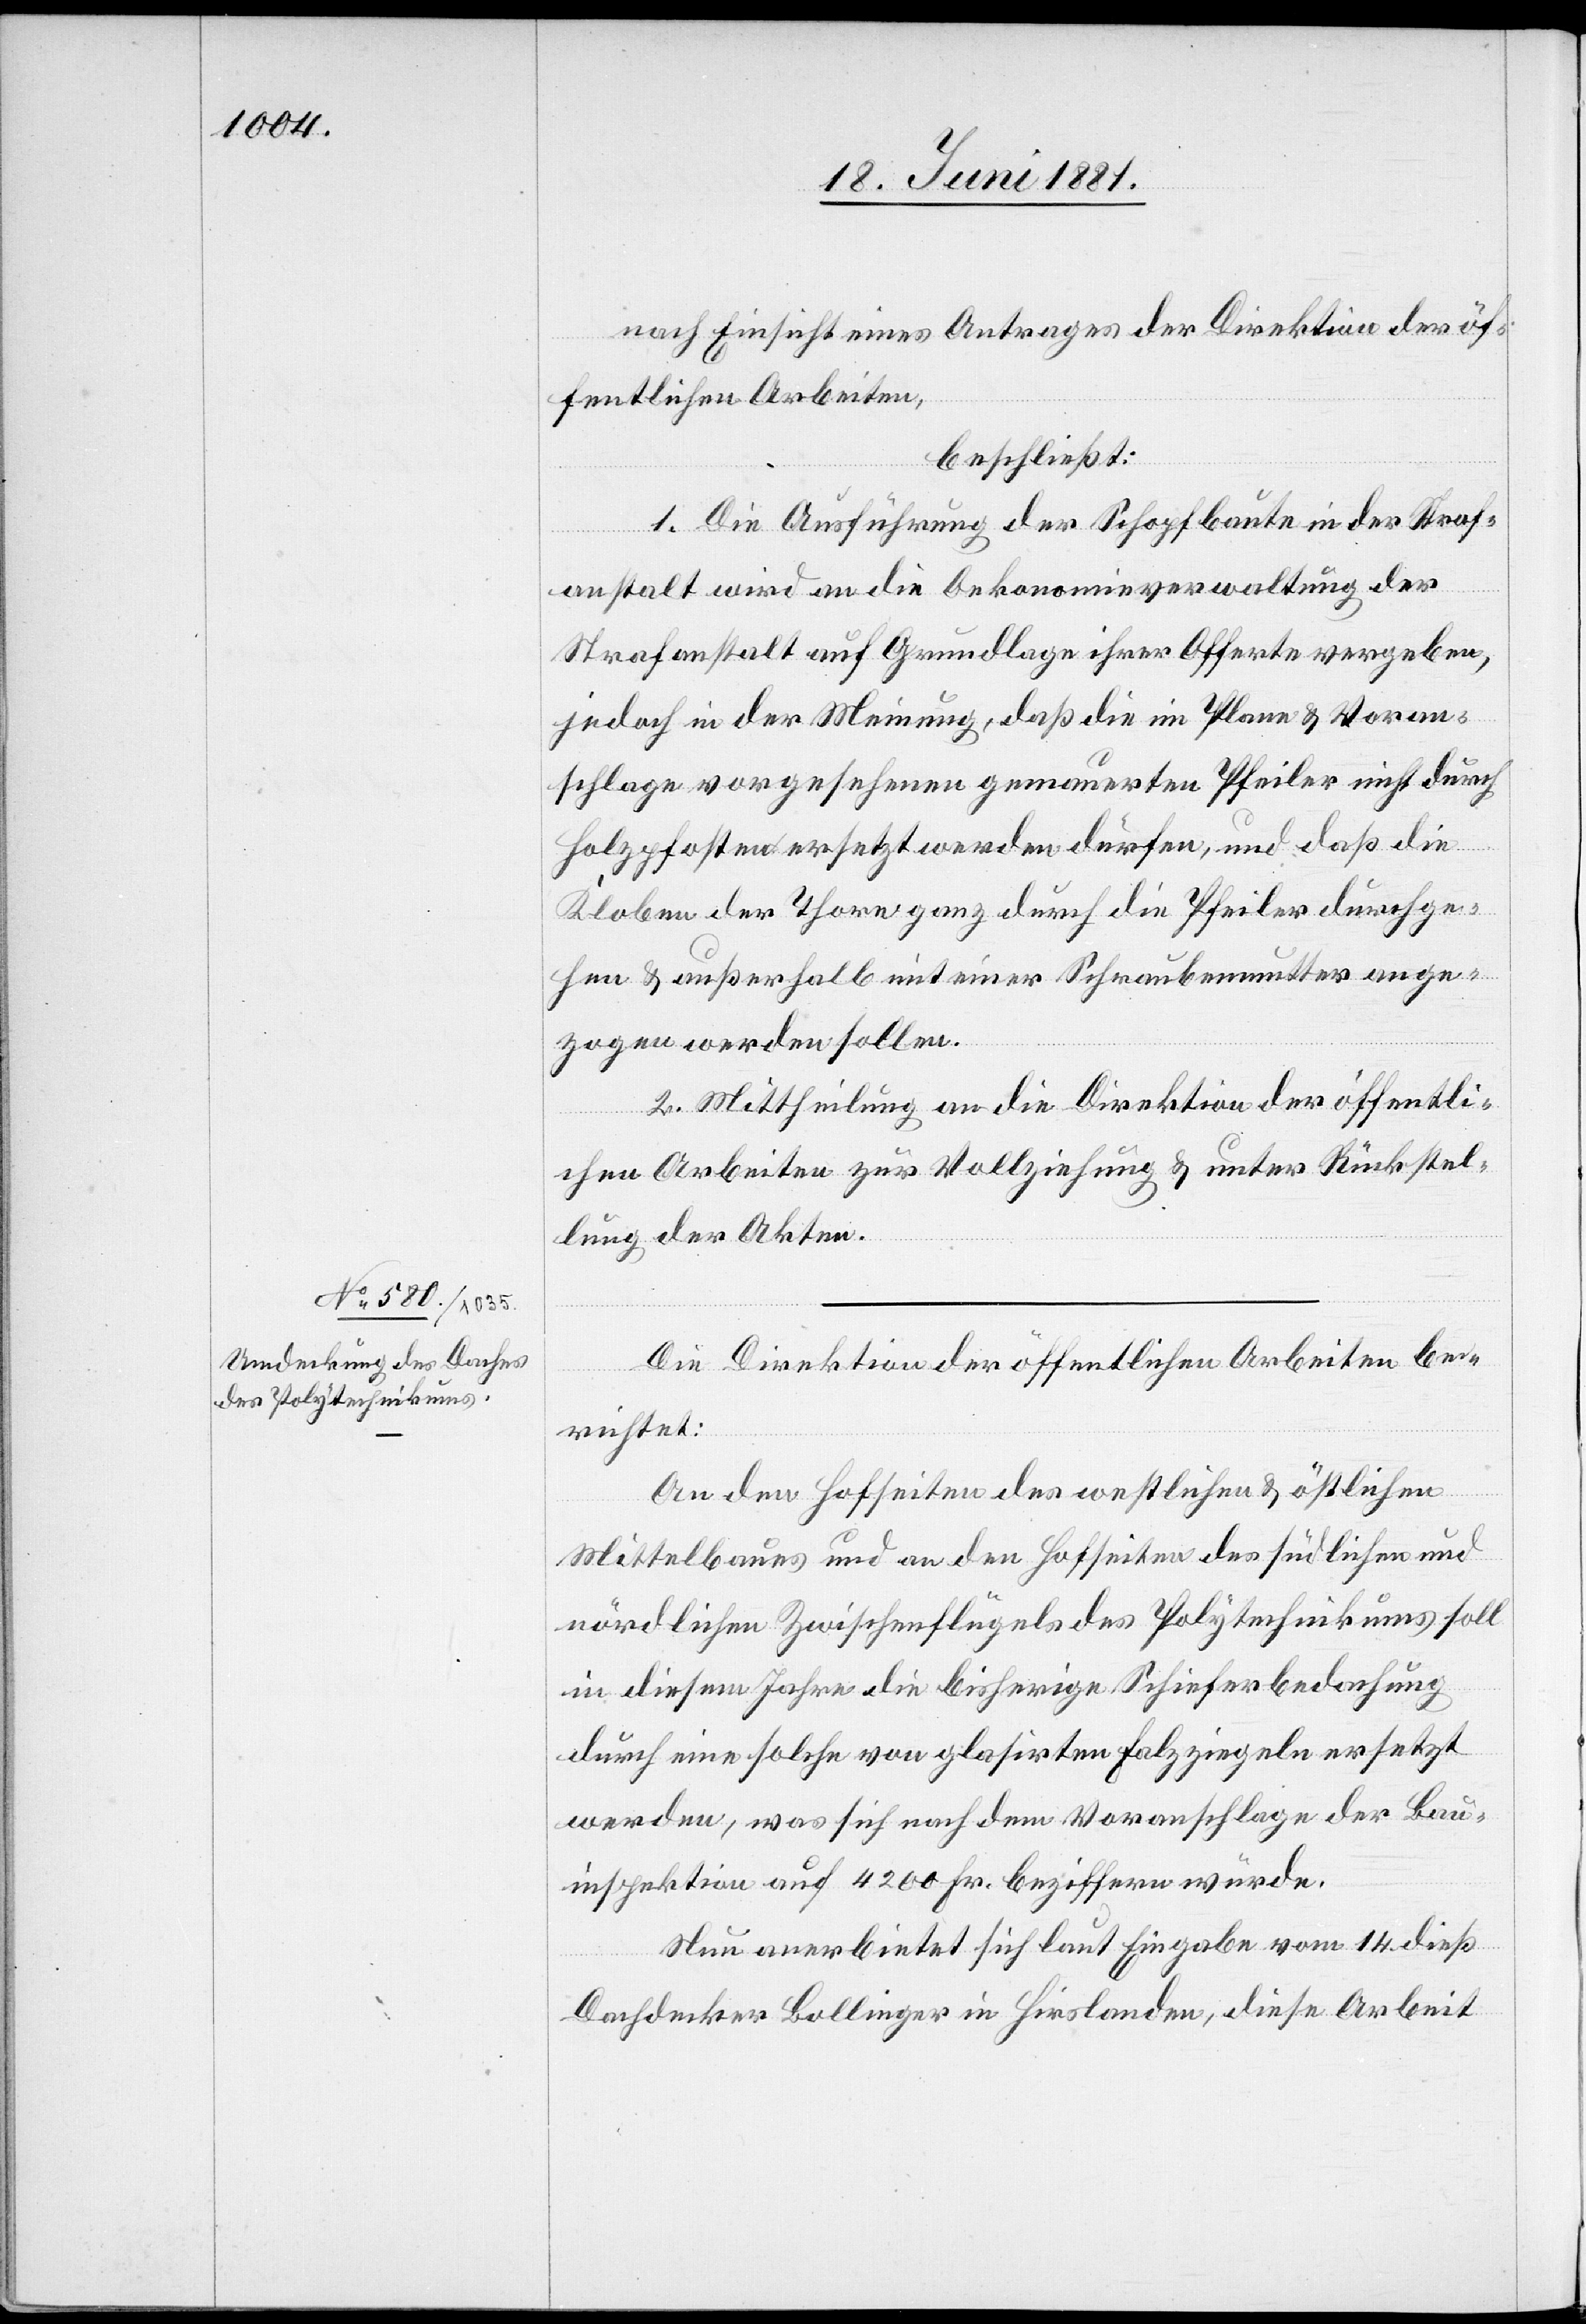
nach Einsicht eines Antrages der Direktion der öf¬
fentlichen Arbeiten,
beschließt:
1. Die Ausführung der Schopfbaute in der Straf¬
anstalt wird an die Oekonomieverwaltung der
Strafanstalt auf Grundlage ihrer Offerte vergeben,
jedoch in der Meinung, daß die im Plane & Voran¬
schlage vorgesehene gemauerten Pfeiler nicht durch
Holzpfosten ersetzt werden dürfen, und daß die
Kloben der Thore ganz durch die Pfeiler durchge¬
hen & außerhalb mit einer Schraubenmutter ange¬
zogen werden sollen.
2. Mittheilung an die Direktion der öffentli¬
chen Arbeiten zur Vollziehung & unter Rückstel¬
lung der Akten.
Die Direktion der öffentlichen Arbeiten be¬
richtet:
An den Hofseiten des westlichen & östlichen
Mittelbaues und an den Hofseiten des südlichen und
nördlichen Zwischenflügels des Polytechnikums soll
in diesem Jahre die bisherige Schieferbedachung
durch eine solche von glasirten Falzziegeln ersetzt
werden, was sich nach dem Voranschlage der Bau¬
inspektion auf 4200 Fr. beziffern würde.
Nun anerbietet sich laut Eingabe vom 14. dieß
Dachdecker Bollinger in Hirslanden, dieser Arbeit